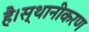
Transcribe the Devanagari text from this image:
है।स्थानीकरण